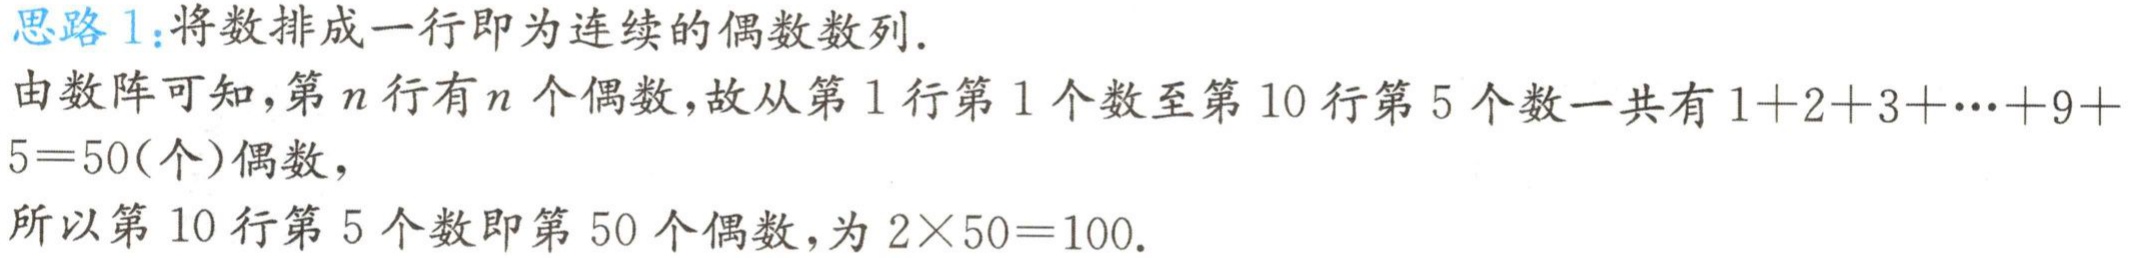
思路 1：将数排成一行即为连续的偶数数列.
由数阵可知，第\(n\)行有\(n\)个偶数，故从第 1 行第 1 个数至第 10 行第 5 个数一共有\(1 + 2 + 3 + \cdots + 9 + 5 = 50\)(个)偶数，
所以第 10 行第 5 个数即第 50 个偶数，为\(2\times50 = 100\).